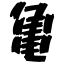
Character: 亀